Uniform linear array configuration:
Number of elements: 48
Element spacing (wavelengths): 0.5
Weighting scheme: binomial
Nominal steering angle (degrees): -15
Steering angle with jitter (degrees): -13.833
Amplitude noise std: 0.05
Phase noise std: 0.05

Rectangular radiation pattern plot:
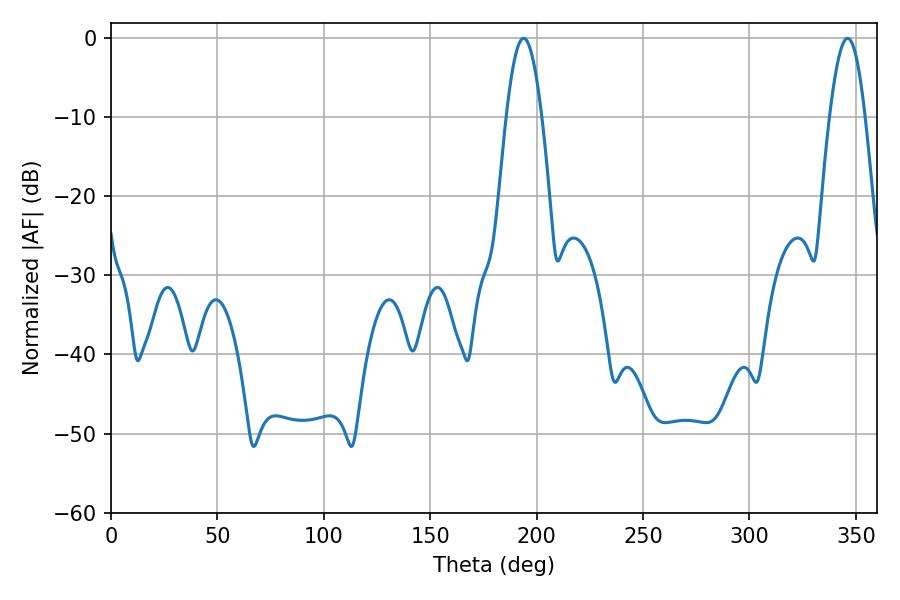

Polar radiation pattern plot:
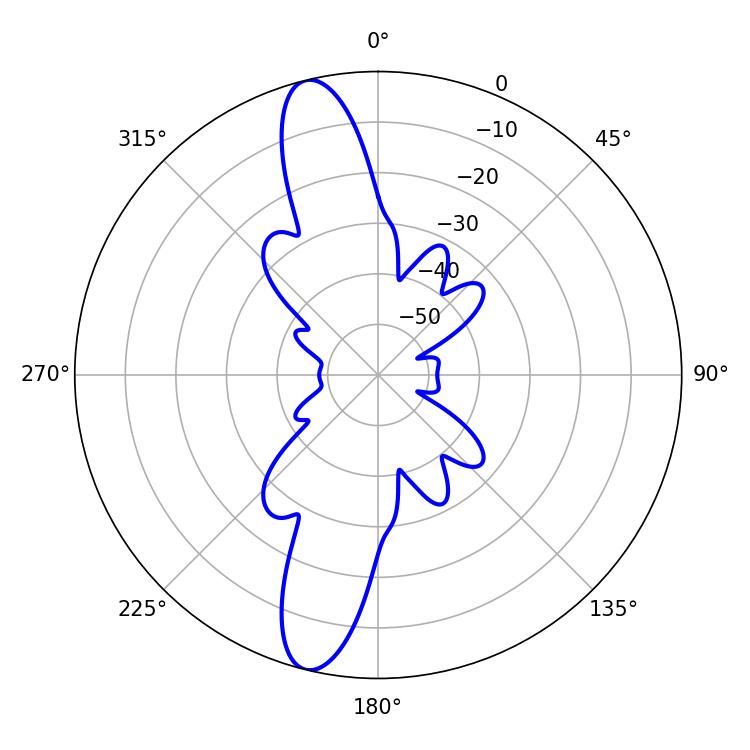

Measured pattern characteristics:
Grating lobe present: FALSE
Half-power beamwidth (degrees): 9
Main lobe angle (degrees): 193.86